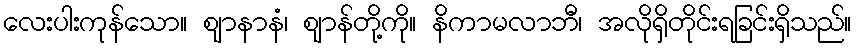
လေးပါးကုန်သော။ ဈာနာနံ၊ ဈာန်တို့ကို။ နိကာမလာဘီ၊ အလိုရှိတိုင်းရခြင်းရှိသည်။